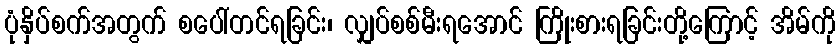
ပုံနှိပ်စက်အတွက် စပေါ်တင်ရခြင်း၊ လျှပ်စစ်မီးရအောင် ကြိုးစားရခြင်းတို့ကြောင့် အိမ်ကို